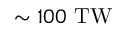
\sim 1 0 0 \ \mathrm { T W }